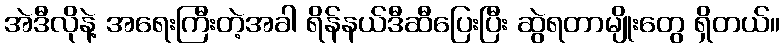
အဲဒီလိုနဲ့ အရေးကြီးတဲ့အခါ ရိန်နယ်ဒီဆီပြေးပြီး ဆွဲရတာမျိုးတွေ ရှိတယ်။